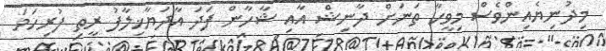
މިދުނިޔެއިންވެސް މިވީހާ ތަނަށް ދާނިޝް އާއި ޝާހާން ފަދަ އާދަޔާޚިލާފު ރީތި ފުރިހަމަ